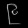
Digit: ၉